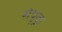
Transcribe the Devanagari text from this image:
सेपूकू